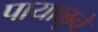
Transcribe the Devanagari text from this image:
पायाळूचे